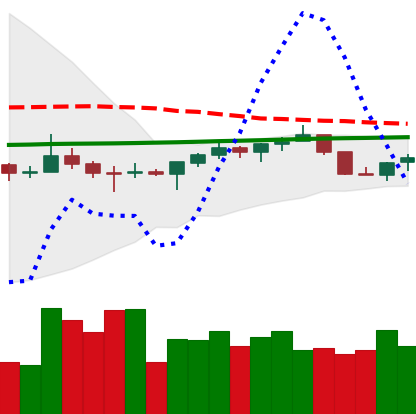
Ticker: TRX-USD
Chart end date: 2022-07-14
Forward return: 3.379%
Label: up_3_5